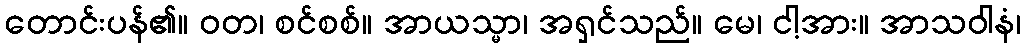
တောင်းပန်၏။ ဝတ၊ စင်စစ်။ အာယသ္မာ၊ အရှင်သည်။ မေ၊ ငါ့အား။ အာသဝါနံ၊